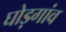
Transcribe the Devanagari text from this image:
घोड़गांव